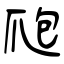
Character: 爮